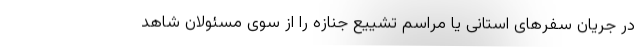
در جریان سفرهای استانی یا مراسم تشییع جنازه را از سوی مسئولان شاهد